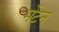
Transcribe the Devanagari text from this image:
मेंटन